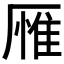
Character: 𪠕